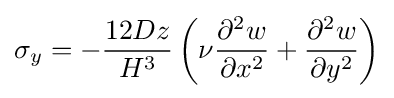
\sigma _{y}=-{\frac {12Dz}{H^{3}}}\left(\nu {\frac {\partial ^{2}w}{\partial x^{2}}}+{\frac {\partial ^{2}w}{\partial y^{2}}}\right)